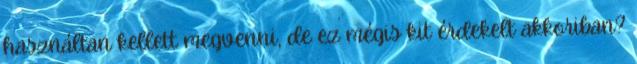
használtan kellett megvenni, de ez mégis kit érdekelt akkoriban?